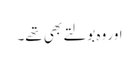
اور وہ بولتے بھی تھے۔